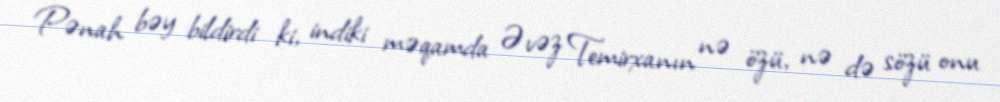
Pənah bəy bildirdi ki, indiki məqamda Əvəz Temirxanın nə özü, nə də sözü onu